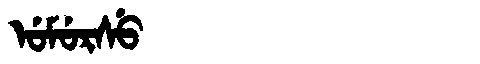
Manchu: ᡠᠮᡠᡵᠰᡠ
Romanization: UMURSU